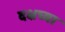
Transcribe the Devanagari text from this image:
दक्षच्या